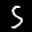
Label: 5